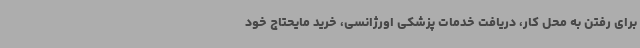
برای رفتن به محل کار، دریافت خدمات پزشکی اورژانسی، خرید مایحتاج خود